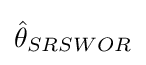
{\hat {\theta }}_{SRSWOR}